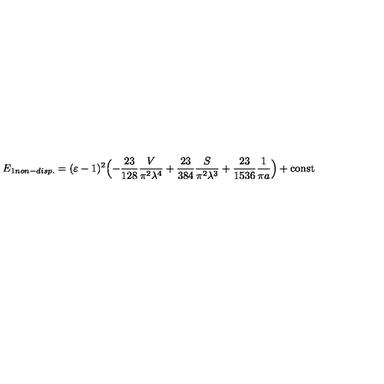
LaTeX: E _ { 1 n o n - d i s p . } = ( \varepsilon - 1 ) ^ { 2 } \Bigl ( - \frac { 2 3 } { 1 2 8 } \frac { V } { \pi ^ { 2 } \lambda ^ { 4 } } + \frac { 2 3 } { 3 8 4 } \frac { S } { \pi ^ { 2 } \lambda ^ { 3 } } + \frac { 2 3 } { 1 5 3 6 } \frac { 1 } { \pi a } \Bigr ) + \mathrm { c o n s t }